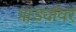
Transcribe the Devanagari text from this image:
पाड्यांवर